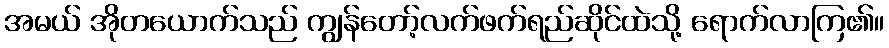
အမယ် အိုတယောက်သည် ကျွန်တော့်လက်ဖက်ရည်ဆိုင်ထဲသို့ ရောက်လာကြ၏။